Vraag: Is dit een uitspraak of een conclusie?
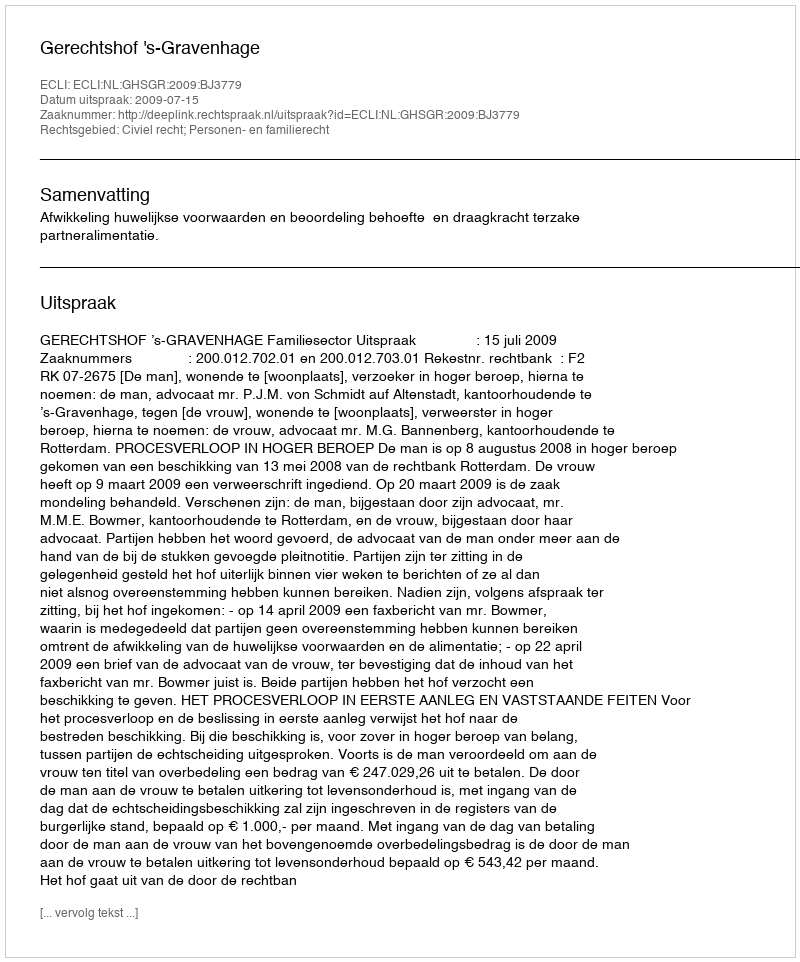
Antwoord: Uitspraak